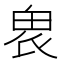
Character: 𤱮